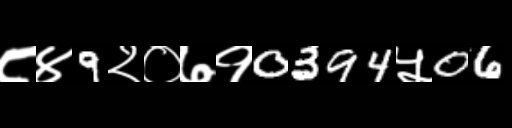
Text: ८४9२०७१0394५06